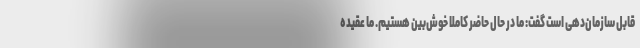
قابل سازمان‌دهی است گفت: ما در حال حاضر کاملا خوش‌بین هستیم. ما عقیده